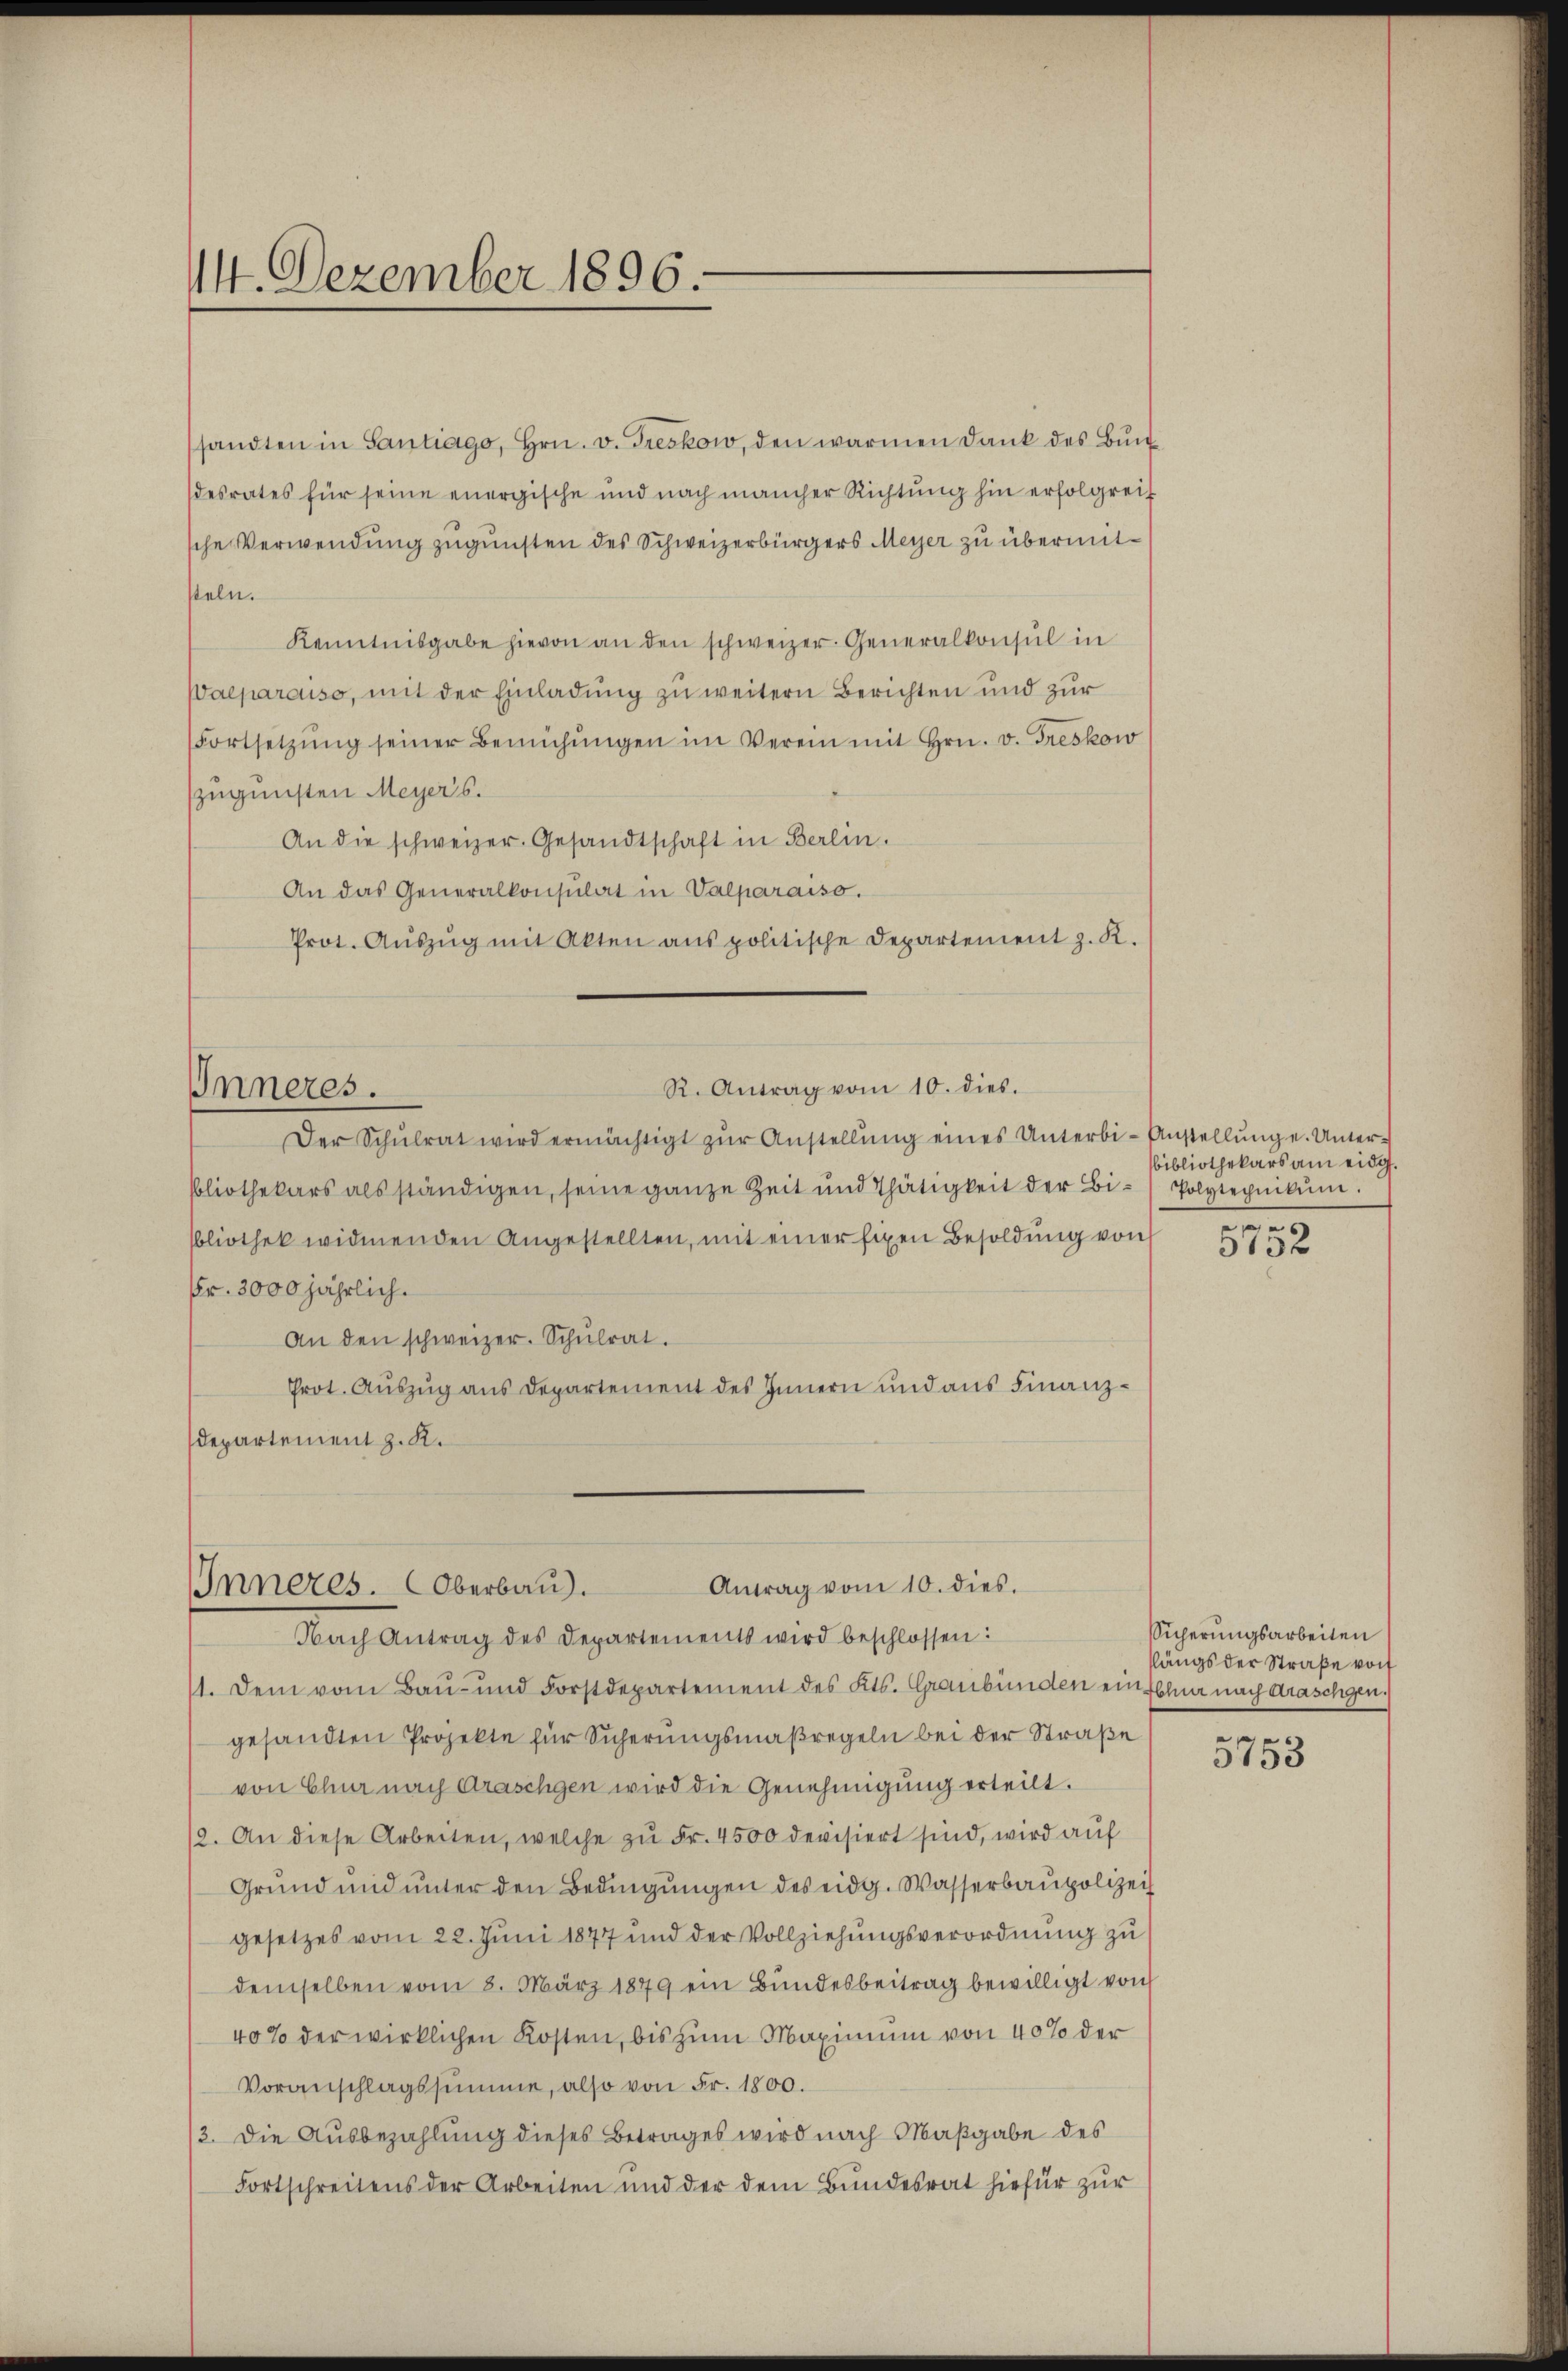
14. Dezember 1896.

sandten in Santiago, Hrn. v. Greskow, den warmen Dank des Buchdesrates für seine energische und nach mancher Richtung hin erfolgreif
sche Verwendung zugunsten des Schweizerbürgers Meyer zu übermitsteln.
Kenntnisgabe hievon an den schweizer. Generalkonsul in
Waeparcuso, mit der Einladung zu weitern Berichten und zur
Fortsetzŭng seiner Bemühŭngen im Verein mit Hrn. v. Greskow
zugunsten Meyers.
An die schweizer. Gesandtschaft in Berlin.
An das Generalkonsulat in Valparaiso.
Prot. Aŭszŭg mit Akten anspolitische Departement z. K.
R. Antrag vom 10. dies.
Inneres.
Der Schŭlrat wird ermächtigt zŭr Anstellŭng eines Unterbi-Anstellŭnge. Unter-
bliothekars als ständigen, seine ganze Zeit und Thätigkeit der Bi- Polytepnikŭm.
bliothek widmenden Angestellten, mit einer fixen Besoldung von
Fr. 3000 jährlich.
An den schweizer. Schŭlrat.
Prot. Auszug aus Departement des Innern und aus Finanz¬
Departement z. K.

Antrag vom 10. dies.
Inneres. Oberbau
Nach Antrag des Departements wird beschlossen:

1. Dem vom Bau- und Forstdepartement des Kts. Graubünden ein Sohn nach draschgen.
gesandten Projekte für Sicherungsmaßregeln bei der Straße
von Chur nach Graschgen wird die Genehmigung erteilt.
12. An diese Arbeiten, welche zu Fr. 4500 devisiert sind, wird auf
Grŭnd und ŭnter den Bedingŭngen des eidg. Wasserbaupolizei
gesetzes vom 22. Juni 1877 und der Vollziehungsverordnung zu
demselben vom 8. März 1879 ein Bundesbeitrag bewilligt von
40% der wirklichen Kosten, bis zum Maximum von 40% der
Voranschlagssumme, also von Fr. 1800.
/3. Die Ausbezahlung dieses Betrages wird nach Maßgabe des
Fortschreitens der Arbeiten und der dem Bundesrat hiefür zur

bibliothekars am eidg.
9

5736

Sicherungsarbeiten
slängs der Straße von

e
3753